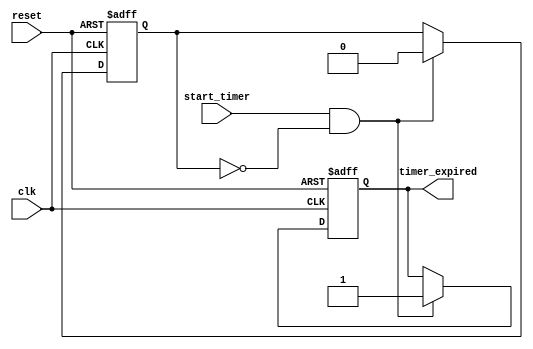
module timer_event #(
    parameter TIMER_DURATION = 1000  // Timer duration in simulation time units (nanoseconds, etc.)
)(
    input wire clk,                   // Clock signal
    input wire reset,                 // Reset signal
    input wire start_timer,           // Signal to start the timer
    output reg timer_expired          // Output signal indicating timer expiration
);

    // State variable to track if the timer is active
    reg timer_active;

    // Always block to manage timer behavior
    always @(posedge clk or posedge reset) begin
        if (reset) begin
            // Reset the timer state and output
            timer_active <= 1'b0;
            timer_expired <= 1'b0;
        end else begin
            if (start_timer && !timer_active) begin
                // Start the timer
                timer_active <= 1'b1;
                timer_expired <= 1'b0;

                // Trigger the timer expiry event after the specified duration
                #TIMER_DURATION timer_expired <= 1'b1;
                // After expiry, reset the timer state
                #0 timer_active <= 1'b0;
            end
        end
    end

endmodule